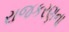
રાજકરણના